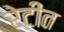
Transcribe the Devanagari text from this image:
रेटीत